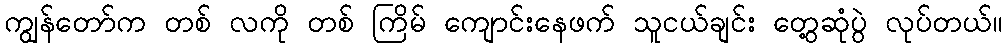
ကျွန်တော်က တစ် လကို တစ် ကြိမ် ကျောင်းနေဖက် သူငယ်ချင်း တွေ့ဆုံပွဲ လုပ်တယ်။